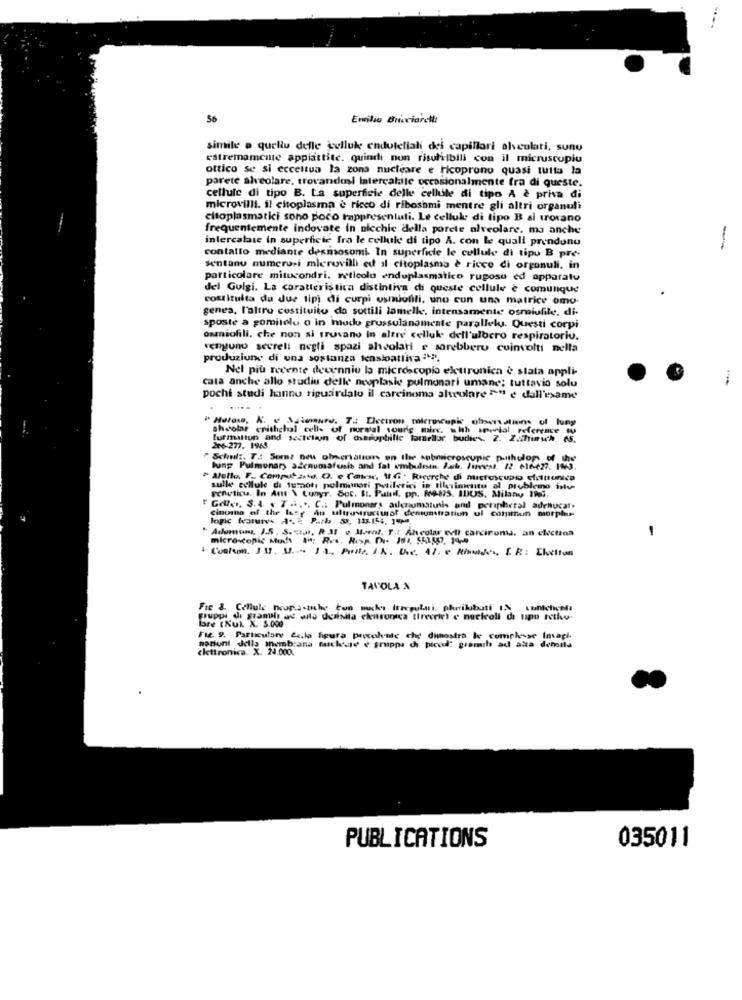
50
Emilio Bucciarelli
simile a quellu delle cellule endoteliali dei capillari alvculati, sunu
estremamente appiattite. quindi non risulilbili con il micruscupiu
ottico se si ecceltua la zona nucleare e ricoprono quasi tutta la
parete alveolare, trovandosi Intercalale occasionalmente fra di queste.
cellule di tipo B. La superficie delle cellule di tipo A è priva di
microvilli. i! citoplasma è ricco di ribosbmi mentre gli altri organuli
citoplasmatici sono poco rappresentati. Le cellule di tipo B al trovano
frequentemente indovate in nicchic della porete alveolare. ma anche
intercalate in superficie fra le cellule di tipo A. con le quali prendono
-
contatto mediante desmosomi. In superficie le cellule di tipu B pre-
sentanu numerosi microvilli ed al citoplasma è ricco di orgonuli. in
particolare mitucondri, reticolo enduplasmatico rugosu ed apparatu
del Gulgi. La caratteristica distintiva di queste cellule è comunque
costituita du due tipi di curpi usmofili, uno con una matrice omo-
genes, l'altro costituito da sottili lamelles, intensamente osmiufile, di
sposte a gomitolu o in modo grussulanamente parallelu. Questi corpi
osmiofili, che non si trovano in altre cellule dell'ulbcro respiratorio.
ventuno secreli negli spazi alasolati e sarebbero coinvolti nella
produzione di una sostanza tensloattiva ***.
Nel più recente decennio la microscopio elettronica è stata appli-
cata anche allo studiu delle neoplasie pulmonari umane: tuttavia solu
pochi studi hanno riguardato il carcinoma alveolare >" e dall'exame
.....
shcolar erithchal cells of normal voudig mirc. whh sowial reference
formation and secrelan of Csadophilie lamellar budiev. Z. Z.fyusch. AS,
206-277. 1965.
Schulz. T .: Som? nou observations on the submicroscopic puthulon of the
lung Pulmonary acenumafusis and fal ambulren. Hab. Invest, 12. 616-427. 1963.
" Mello, F .. Compotasto. O. e Canvar, 11.G · Ricerche di nuactoscuppo elapunica
geneticu. In Attt \ Conyr. Soc. It. Palnl, pp. M9-875. IDUS. Milany ?Pai,
sulle cellule di tumotı polmonari petiletici in tilesimentu al problemo intu
" Galler, S.4 . 7 ..... C .: Pulmonary aileromatunis and peripheral adentucat.
Cinone of the lucy
AD ultrourucissol demonstration ul commun morphu-
"Adurum, 1.5. S.stat, R 3I v Ment. T .: Ahcolar evtl carcinoma. an election
microscopic studs A9; Res. Resp. Dr. 191, 553557. 1499
-
TAVOLA &
Fre & Cellule Deop.s-the con muchos Irregulari, phrrikbati IN Lunchichda
gruppi di granule ad alto deanita elettronica tireceie) e nucleoli di upo retie.
bre (Kul. X. 5.000
Fle. 9. Particulare &e.la figura procolunte che dimostra le complesse Imapi.
nazioni della membrana suckeste e gruppe di piccol: gemil ad ata demila
elettronica. X. 24.000.
PUBLICATIONS
035011